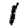
Digit: 1